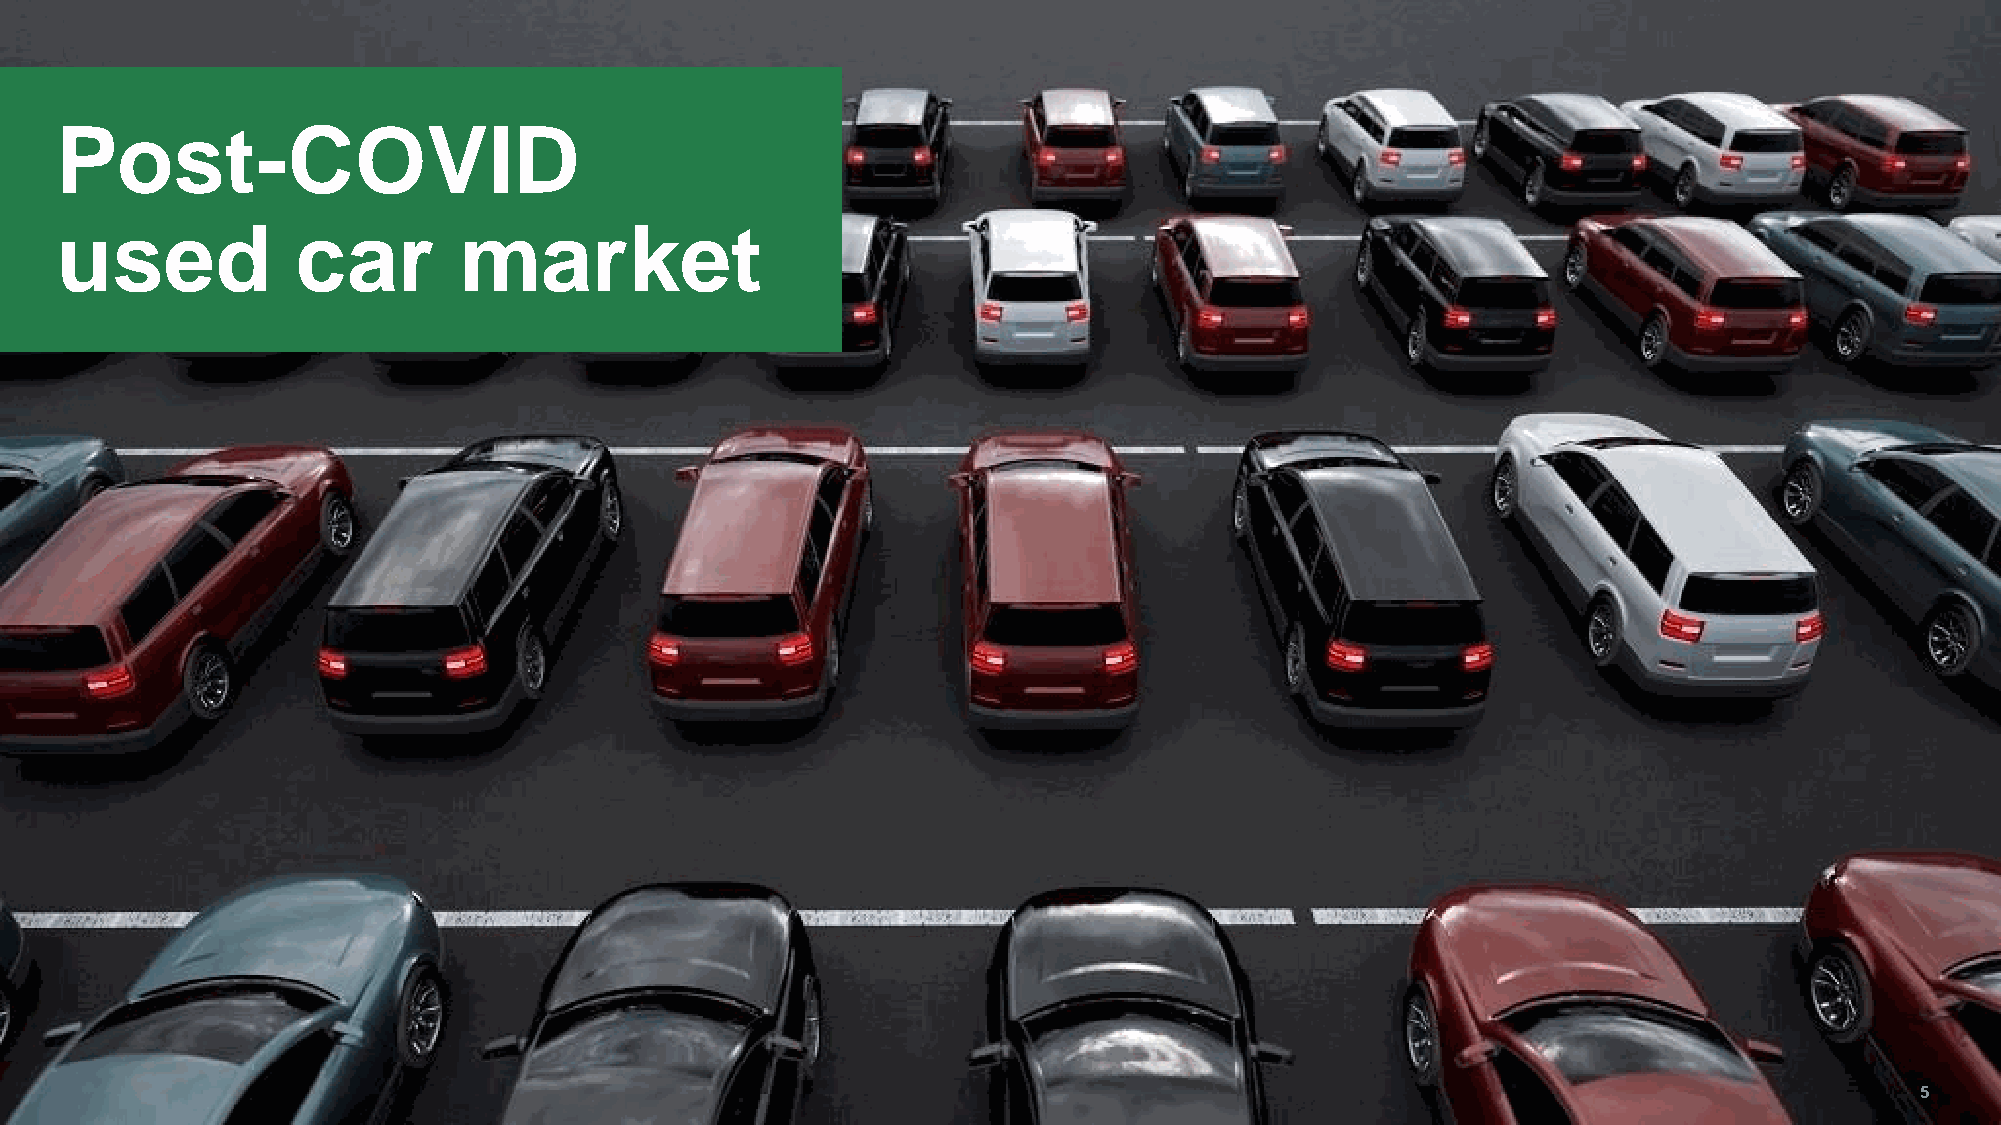
d
 e
 tib
 ih
 Post-COVID                                                                                                                  o
 rp
 y
 ltc
 irts
 s
 used            car       market
 i
 n
 o
 itu
 b
 irts
 id
 la
 ic
 re
 m
 m
 o
 c
 d
 n
 a
 n
 o
 itc
 u
 d
 o
 rp
 e
 R
 .1
 2
 0
 2
 p
 u
 o
 rG
 a
 ts
 iv
 o
 tu
 A
 ©
 5